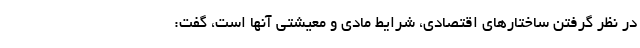
در نظر گرفتن ساختارهای اقتصادی، شرایط مادی و معیشتی آنها است، گفت: